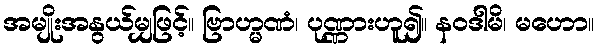
အမျိုးအနွယ်မျှဖြင့်။ ဗြာဟ္မဏံ၊ ပုဏ္ဏားဟူ၍။ နဝဒါမိ၊ မဟော။